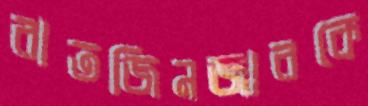
রাতজিনজারকে